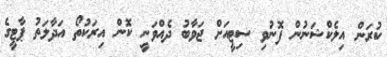
ކުރަން އިލެކްޝަނުން ފޮނުވި ސިޓީއަށް ޖަވާބު ދެއްވަނީ ކޮން އިރަކުތޯ އަދާލަތު ޕާޓީގެ